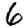
Digit: 6